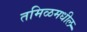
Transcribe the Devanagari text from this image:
तमिळमधील